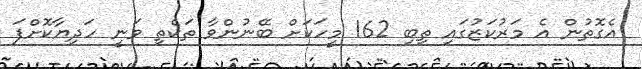
އެގޮތުން އެ މަރުކަޒުގައި ތިބި 162 މީހަކަށް ބޭނުންވާ ތަކެތި ވަނީ ހަދިޔާކޮށްފަ